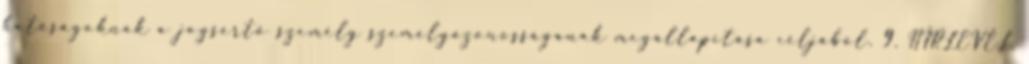
hatóságoknak a jogsértő személy személyazonosságának megállapítása céljából. 9. HÍRLEVÉL,